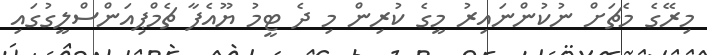
މިރޭގެ މެޗަށް ނުކުންނައިރު މީގެ ކުރިން މި ދެ ޓީމު ޔޫއެފާ ޗެމްޕިއަންސްލީގުގައި